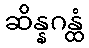
ဆိန္နဂန္ထံ